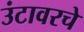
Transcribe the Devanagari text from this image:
उंटावरचे